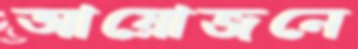
আয়োজনে